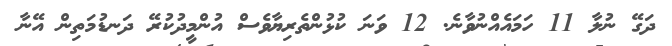
ދަގޭ ނުލާ 11 ހަމައެއްނުވާނެ. 12 ވަނަ ކުޅުންތެރިޔާވެސް އުންމީދުކުރޭ ދަނޑުމަތިން އޭނާ